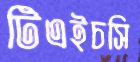
টিএইচসি